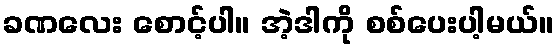
ခဏလေး စောင့်ပါ။ အဲ့ဒါကို စစ်ပေးပါ့မယ်။